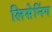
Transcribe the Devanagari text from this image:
लिसेनिंग